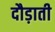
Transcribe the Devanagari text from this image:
दौड़ाती